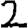
Digit: 2